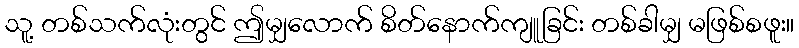
သူ့ တစ်သက်လုံးတွင် ဤမျှလောက် စိတ်နောက်ကျူခြင်း တစ်ခါမျှ မဖြစ်စဖူး။